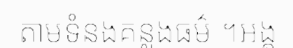
តាមទំនងគន្លងធម៌ ។អង្គ